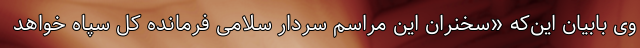
وی بابیان این‌که «سخنران این مراسم سردار سلامی فرمانده کل سپاه خواهد